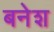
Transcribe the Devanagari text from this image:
बनेश